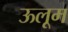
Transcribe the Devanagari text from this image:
ऊलूम